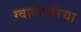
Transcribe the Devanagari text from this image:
ग्वालपरिया